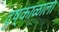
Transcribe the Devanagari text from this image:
दुष्काळाला